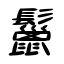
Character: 鬣